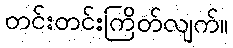
တင်းတင်းကြိတ်လျက်။